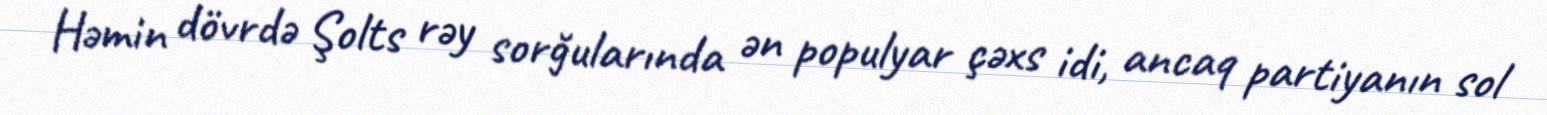
Həmin dövrdə Şolts rəy sorğularında ən populyar çəxs idi, ancaq partiyanın sol